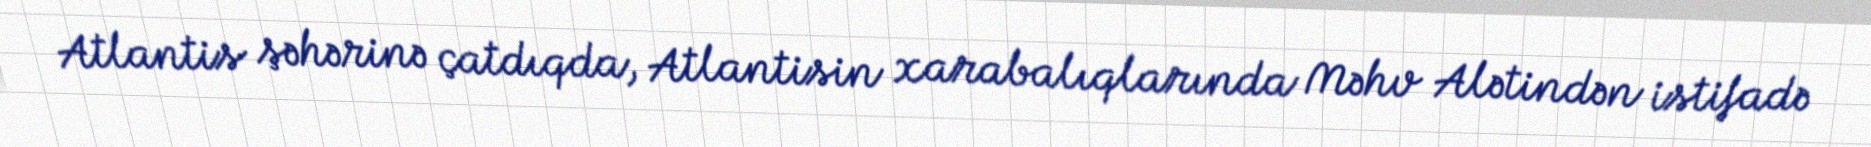
Atlantis şəhərinə çatdıqda, Atlantisin xarabalıqlarında Məhv Alətindən istifadə